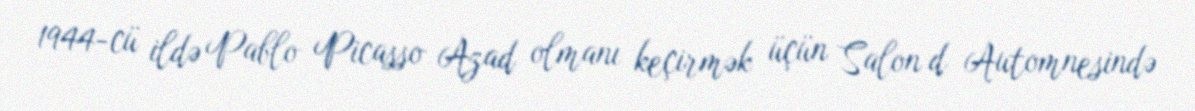
1944-cü ildə Pablo Picasso Azad olmanı keçirmək üçün Salon d Automnesində